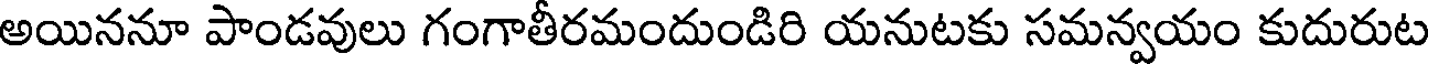
అయిననూ పాండవులు గంగాతీరమందుండిరి యనుటకు సమన్వయం కుదురుట